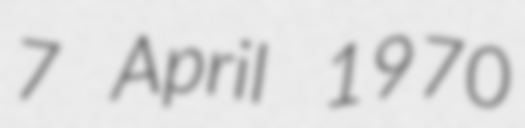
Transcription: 7 April 1970